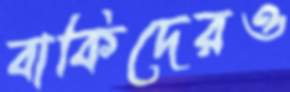
বাকিদেরও